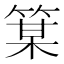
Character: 𫂋